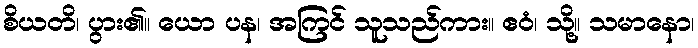
စိယတိ၊ ပွား၏။ ယော ပန၊ အကြင် သူသည်ကား။ ဧဝံ၊ သို့။ သမာနော၊